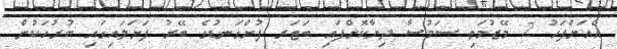
އެއަށްފަހު 2 މޭޒުމަތި ސަމުސާ ދިޔާކޮށްފައި ބަޓަރ ފުށްގަނޑުގެ ބޭރު ފަށަލައިގައި ބުރުހަކުން